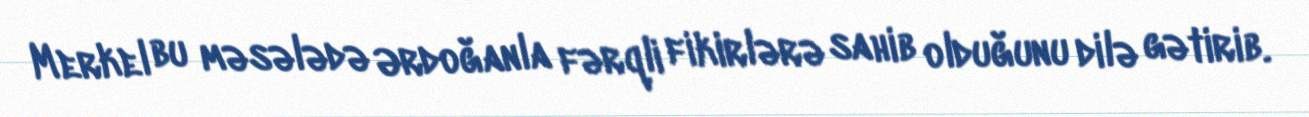
Merkel bu məsələdə Ərdoğanla fərqli fikirlərə sahib olduğunu dilə gətirib.